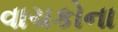
વાચકોના